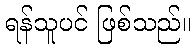
ရန်သူပင် ဖြစ်သည်။